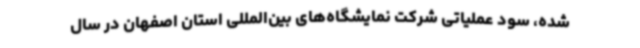
شده، سود عملیاتی شرکت نمایشگاه‌های بین‌المللی استان اصفهان در سال